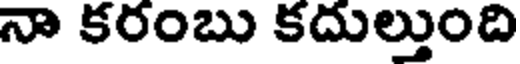
నా కరంబు కదుల్తుంది